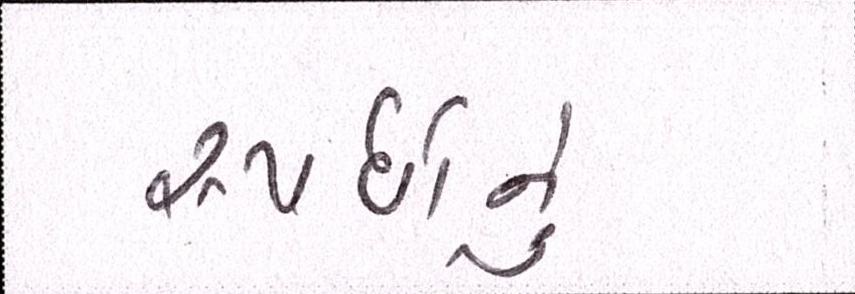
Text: સ્પર્ધાનું